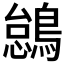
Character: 𫛋